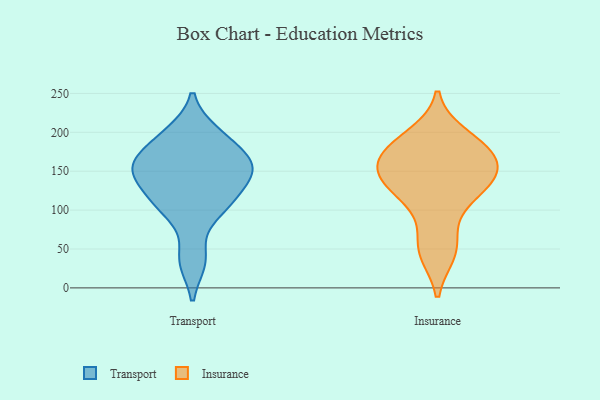
{"axis": {"x": "Churn Rate (%)", "y": "Value"}, "legend": ["Insurance", "Transport"], "data": [{"x": "", "y": 161, "type": "Transport"}, {"x": "", "y": 35, "type": "Transport"}, {"x": "", "y": 199, "type": "Transport"}, {"x": "", "y": 164, "type": "Transport"}, {"x": "", "y": 104, "type": "Transport"}, {"x": "", "y": 36, "type": "Transport"}, {"x": "", "y": 155, "type": "Transport"}, {"x": "", "y": 133, "type": "Transport"}, {"x": "", "y": 144, "type": "Transport"}, {"x": "", "y": 162, "type": "Transport"}, {"x": "", "y": 195, "type": "Transport"}, {"x": "", "y": 110, "type": "Transport"}, {"x": "", "y": 149, "type": "Transport"}, {"x": "", "y": 167, "type": "Transport"}, {"x": "", "y": 106, "type": "Transport"}, {"x": "", "y": 195, "type": "Transport"}, {"x": "", "y": 140, "type": "Transport"}, {"x": "", "y": 100, "type": "Transport"}, {"x": "", "y": 196, "type": "Insurance"}, {"x": "", "y": 127, "type": "Insurance"}, {"x": "", "y": 138, "type": "Insurance"}, {"x": "", "y": 167, "type": "Insurance"}, {"x": "", "y": 179, "type": "Insurance"}, {"x": "", "y": 101, "type": "Insurance"}, {"x": "", "y": 161, "type": "Insurance"}, {"x": "", "y": 53, "type": "Insurance"}, {"x": "", "y": 144, "type": "Insurance"}, {"x": "", "y": 181, "type": "Insurance"}, {"x": "", "y": 45, "type": "Insurance"}, {"x": "", "y": 139, "type": "Insurance"}]}